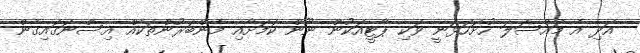
އަދި އެ މައްސަލަ ހުށަހަޅަނީ ވަކި ޕާޓީއަކުން ނޫން ކަމަށާއި މެންބަރުންތަކެއް އިސްނަގައިގެން